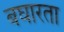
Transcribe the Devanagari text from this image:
बघारता